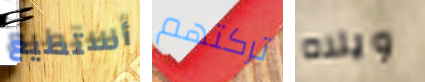
أستطيع تركتهم ويلاه